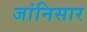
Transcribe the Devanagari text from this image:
जांनिसार